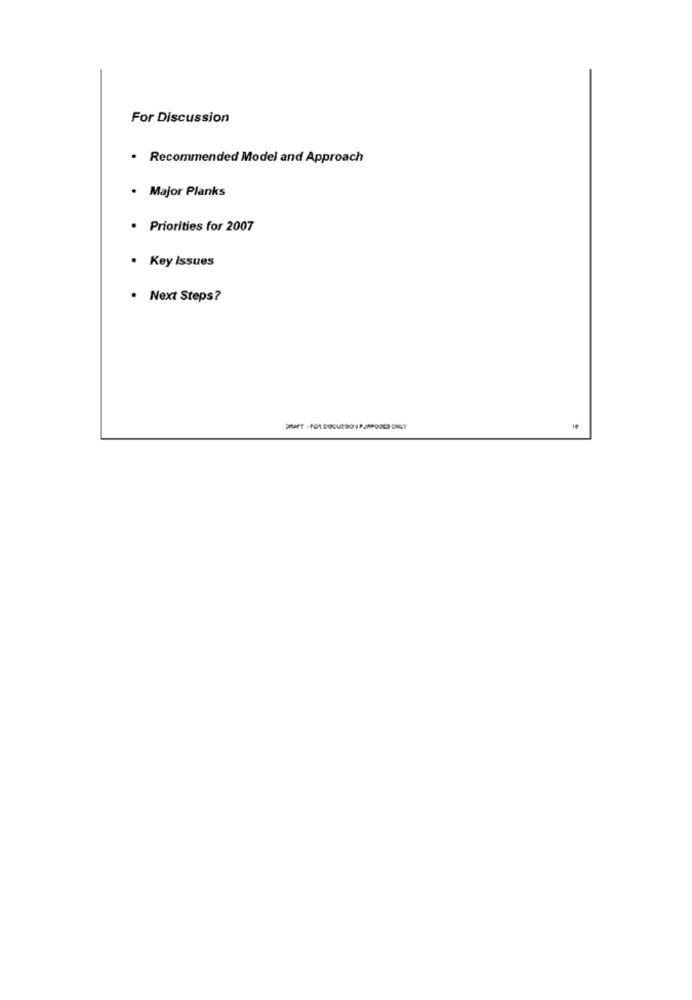
For Discussion
· Recommended Model and Approach
. Major Planks
· Priorities for 2007
· Key Issues
· Next Steps?
ERAET - FOR DOCUERO 1 PURPOSES ONLY
10